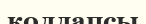
коллапсы